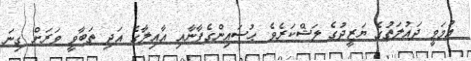
އުމަވީ ދައުލަތުގެ ޔަޒީދުގެ ލަޝްކަރެވެ. ޙުސައިންގެފާނާއި އާއިލާގެ އަދި ތަބާވީ ވަރަށް ގިނަ